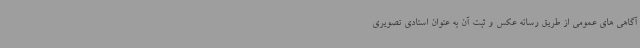
آگاهی های عمومی از طریق رسانه عکس و ثبت آن به عنوان اسنادی تصویری